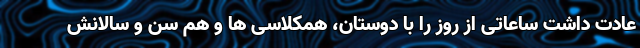
عادت داشت ساعاتی از روز را با دوستان، همکلاسی ها و هم سن و سالانش